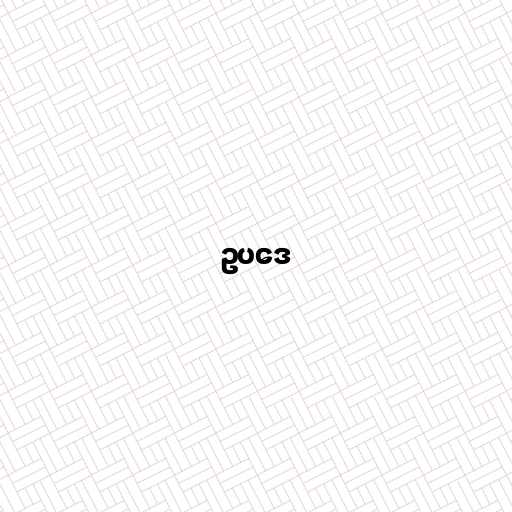
ဥပဒေ